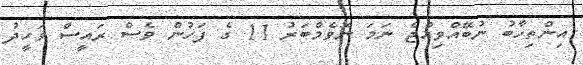
އިންތިހާބު ނުބޭއްވިއްޖެ ނަމަ ނޮވެމްބަރު 11 ގެ ފަހުން ވެސް ރައީސް ވަހީދު